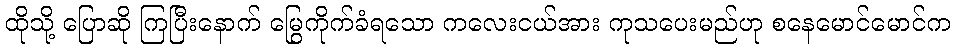
ထိုသို့ ပြောဆို ကြပြီးနောက် မြွေကိုက်ခံရသော ကလေးငယ်အား ကုသပေးမည်ဟု စနေမောင်မောင်က